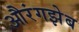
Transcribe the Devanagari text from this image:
औरंगझेब